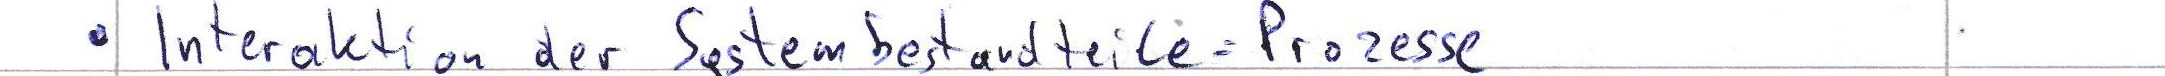
Interaktion der Systembestandteile = Prozesse